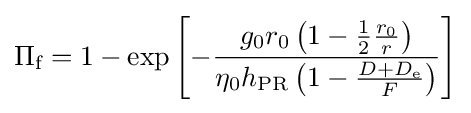
\Pi _{\text{f}}=1-\exp \left[-{\frac {g_{0}r_{0}\left(1-{\frac {1}{2}}{\frac {r_{0}}{r}}\right)}{\eta _{0}h_{\text{PR}}\left(1-{\frac {D+D_{\text{e}}}{F}}\right)}}\right]